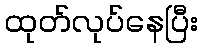
ထုတ်လုပ်နေပြီး